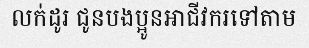
លក់ដូរ ជូនបងប្អូនអាជីវករទៅតាម